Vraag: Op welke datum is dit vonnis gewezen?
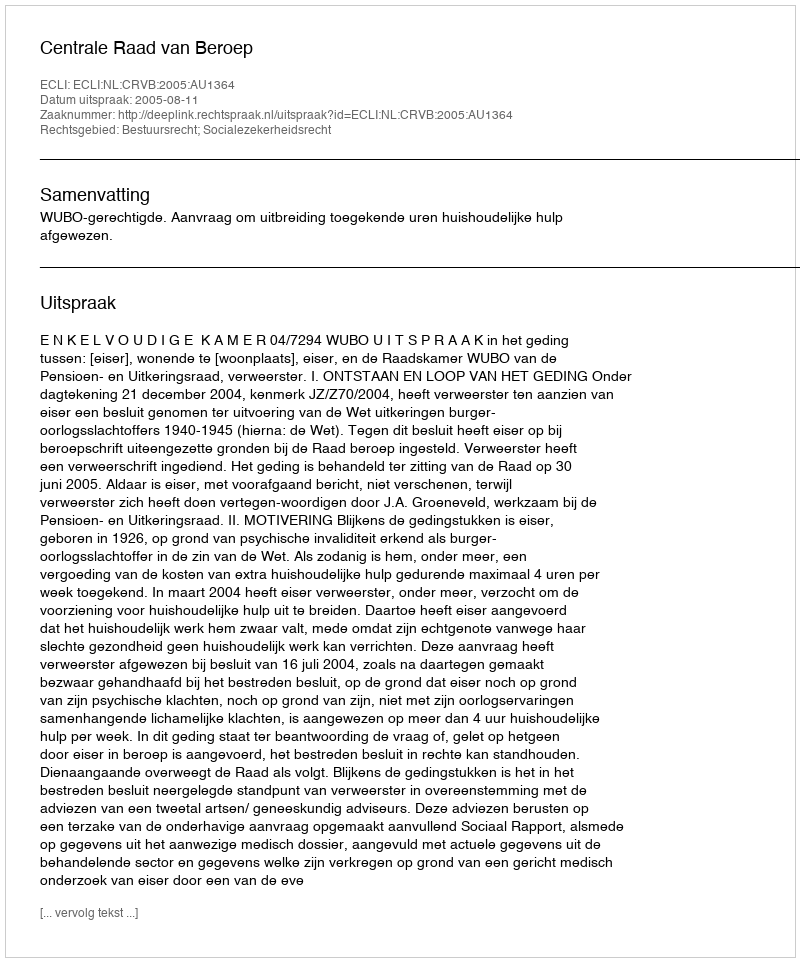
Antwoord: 2005-08-11